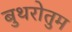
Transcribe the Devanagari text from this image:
बुथरोतुम